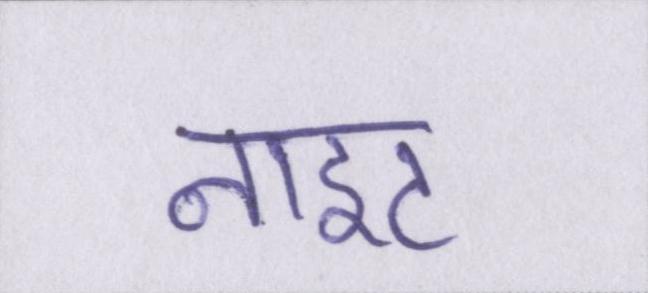
नाइट